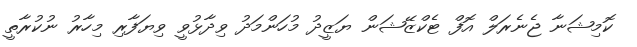
ކޮމިޝަނާ ޖެނެރަލް އޮފް ޓެކްޒޭޝަން ޔަޒީދު މުހަންމަދު ވިދާޅުވީ ވިޔަފާރި މިހާރު ނުކުރާތީ